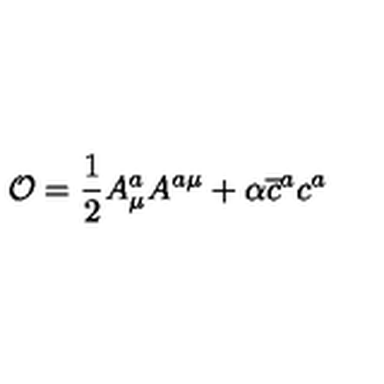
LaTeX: \mathcal { O } = \frac { 1 } { 2 } A _ { \mu } ^ { a } A ^ { a \mu } + \alpha \overline { { c } } ^ { a } c ^ { a }